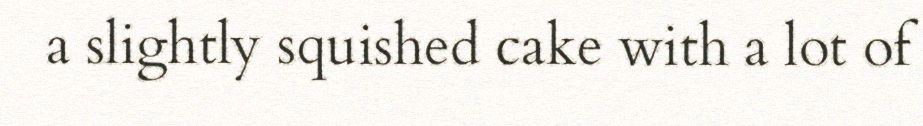
a slightly squished cake with a lot of